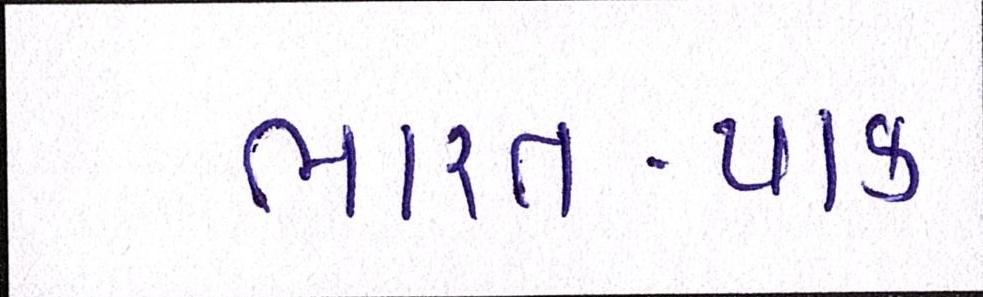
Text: ભારત-પાક